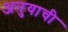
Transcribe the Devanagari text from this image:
अनुयाची